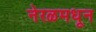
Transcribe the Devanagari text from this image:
नेरळमधून